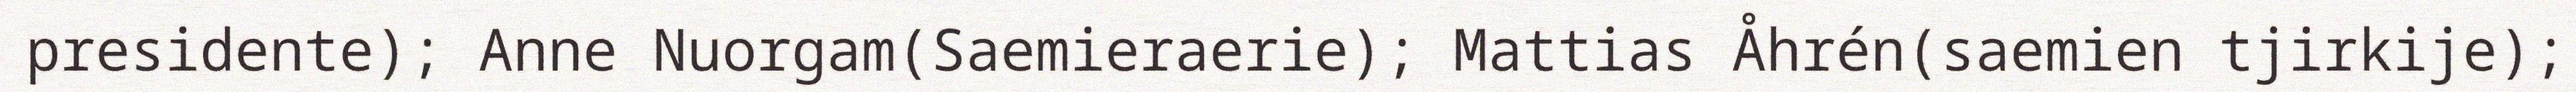
presidente); Anne Nuorgam(Saemieraerie); Mattias Åhrén(saemien tjirkije);